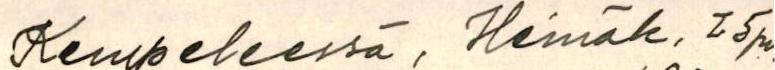
Kempeleessä, Heinäk. 25 pv.